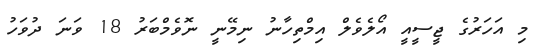
މި އަހަރުގެ ޖީސީއީ އޯލެވެލް އިމްތިހާނު ނިމޭނީ ނޮވެމްބަރު 18 ވަނަ ދުވަހު